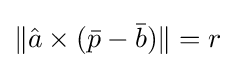
\lVert {\hat {a}}\times ({\bar {p}}-{\bar {b}})\rVert =r